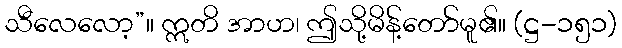
သီလေလော့”။ ဣတိ အာဟ၊ ဤသို့မိန့်တော်မူ၏။ (ဋ္ဌ-၁၅၁)